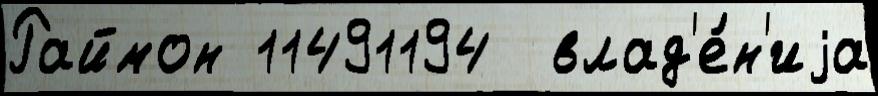
Раймон 11491194  влад'е́н'иjа